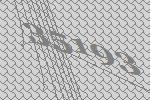
35193